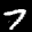
Label: 7